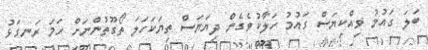
ބަލަ ގައުމު ވިއްކިޔަސް ގައުމު ހަލާކުވެގެން ދިޔަޔަސް ތިޔަކަހަލަ ތޯގޫތުންނަށް ހަމަ ރަނގަޅު